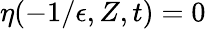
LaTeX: \eta(-1/\epsilon,Z,t)=0